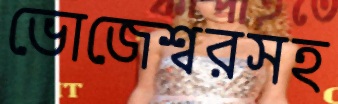
ভোজেশ্বরসহ